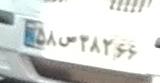
۵۸س۳۸۲۶۶